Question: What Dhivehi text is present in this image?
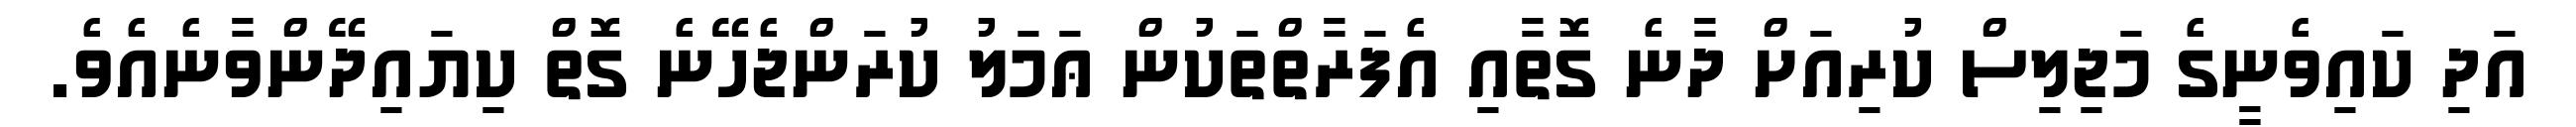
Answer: އަދި ކައިވެނީގެ މަޖިލިސް ކުރިއަށް ދާނެ ގޮތާއި އެފަރާތްތަކުން ޢަމަލު ކުރަންޖެހޭނެ ގޮތް ކިޔައިދޭންވާނެއެވެ.